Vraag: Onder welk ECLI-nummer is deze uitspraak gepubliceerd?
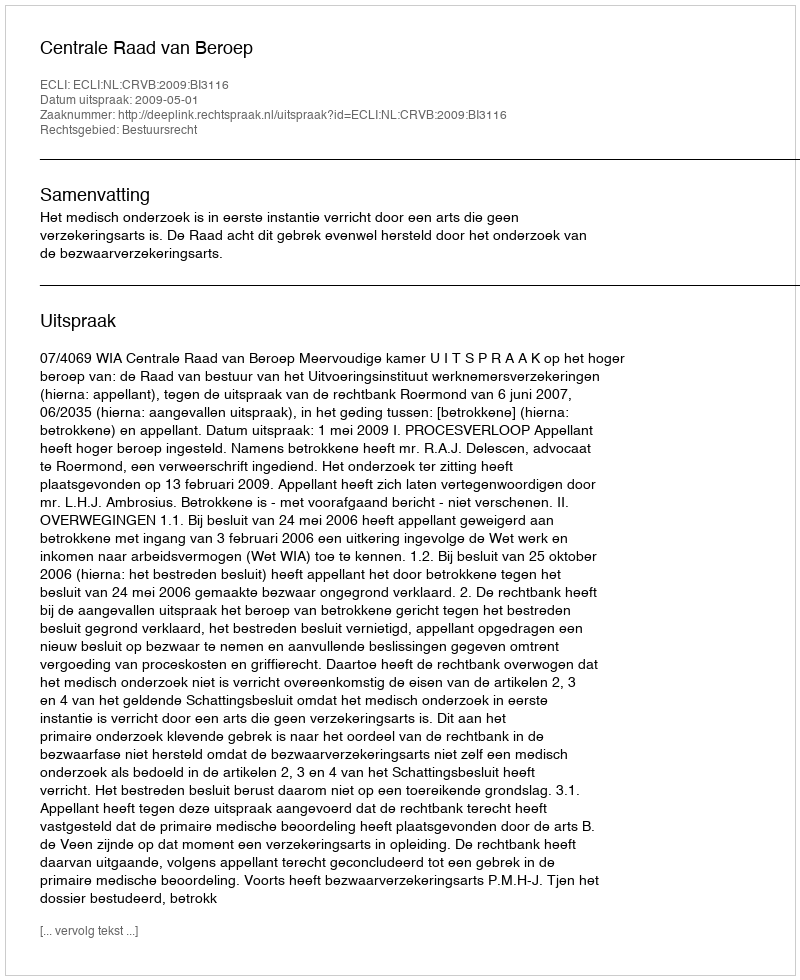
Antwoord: ECLI:NL:CRVB:2009:BI3116